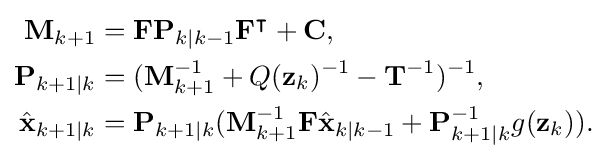
{\begin{aligned}\mathbf {M} _{k+1}&=\mathbf {F} \mathbf {P} _{k|k-1}\mathbf {F} ^{\intercal }+\mathbf {C} ,\\\mathbf {P} _{k+1|k}&=(\mathbf {M} _{k+1}^{-1}+Q(\mathbf {z} _{k})^{-1}-\mathbf {T} ^{-1})^{-1},\\{\hat {\mathbf {x} }}_{k+1|k}&=\mathbf {P} _{k+1|k}(\mathbf {M} _{k+1}^{-1}\mathbf {F} {\hat {\mathbf {x} }}_{k|k-1}+\mathbf {P} _{k+1|k}^{-1}g(\mathbf {z} _{k})).\end{aligned}}